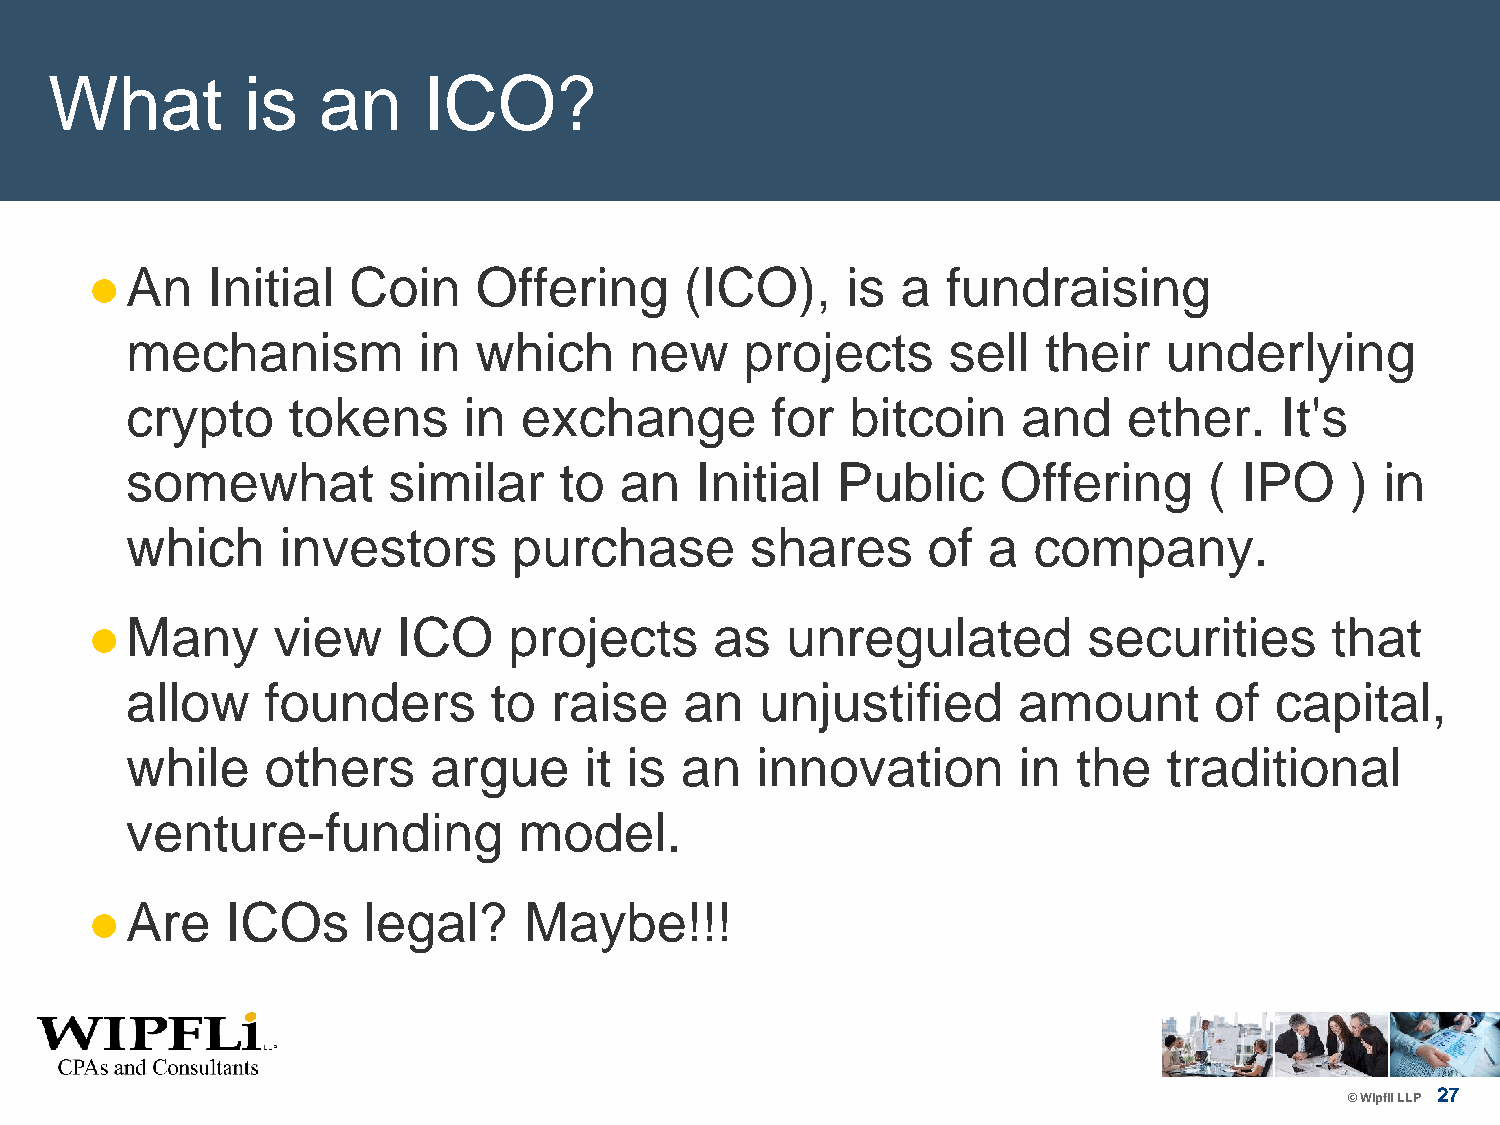
What         is   an     ICO?
 An    Initial  Coin    Offering      (ICO),     is  a  fundraising
 
 mechanism           in which      new    projects      sell  their   underlying
 crypto     tokens      in exchange         for  bitcoin     and    ether.    It's
 somewhat          similar    to  an   Initial  Public     Offering      ( IPO    )  in
 which      investors      purchase        shares     of  a  company.
 Many      view    ICO     projects     as   unregulated         securities      that
 
 allow     founders      to  raise    an   unjustified      amount       of  capital,
 while     others     argue     it is an   innovation       in  the   traditional
 venture-funding           model.
 Are    ICOs     legal?     Maybe!!!
 
 27
 © Wipfli LLP